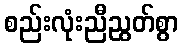
စည်းလုံးညီညွတ်စွာ